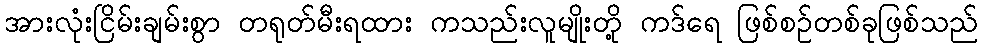
အားလုံးငြိမ်းချမ်းစွာ တရုတ်မီးရထား ကသည်းလူမျိုးတို့ ကဒ်ရေ ဖြစ်စဉ်တစ်ခုဖြစ်သည်